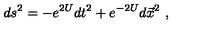
d s ^ { 2 } = - e ^ { 2 U } d t ^ { 2 } + e ^ { - 2 U } d \vec { x } ^ { 2 } \ ,